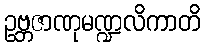
ဥဗ္ဘဇာဏုမဏ္ဍလိကာတိ